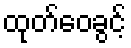
ထုတ်ဝေခွင့်